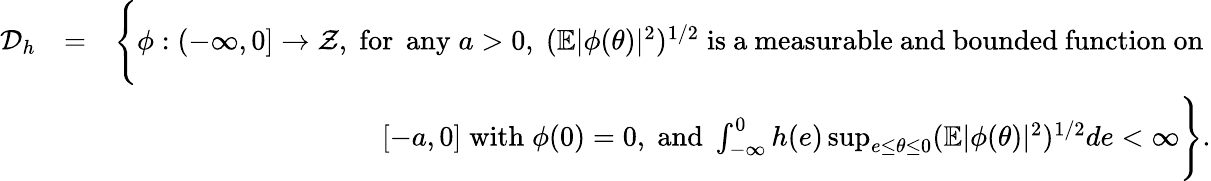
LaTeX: \begin{array}{rlr}{{\cal D}_{h}}&{=}&{\Bigg\{ \phi:(-\infty,0]\rightarrow{\cal Z},\; \mathrm{for\; \, any}\; a>0,\; (\mathbb{E}|\phi(\theta)|^{2})^{1/2}\; \mathrm{{is~a~measurable~and~bounded~function~on}~}}\\ &{}&{\; [-a,0]\; \mathrm{with}\; \phi(0)=0,\; \mathrm{and}\; \int_{-\infty}^{0}h(e)\operatorname*{sup}_{e\leq\theta\leq 0}(\mathbb{E}|\phi(\theta)|^{2})^{1/2}de<\infty\Bigg\} .}\end{array}